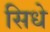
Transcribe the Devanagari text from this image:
सिधे